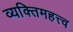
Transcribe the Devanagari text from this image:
व्यक्‍तिमहत्त्व